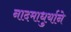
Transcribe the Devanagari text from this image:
नादमाधुर्याने